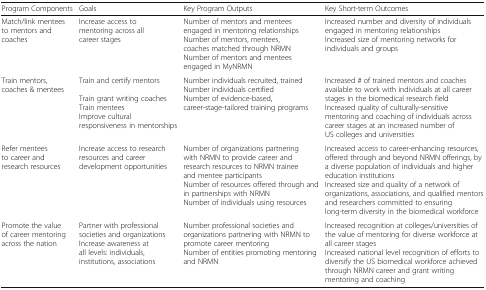
| Program Components | Goals | Key Program Outputs | Key Short-term Outcomes |
 | --- | --- | --- | --- |
 | Match/link mentees to mentors and coaches | Increase access to mentoring across all career stages | Number of mentors and mentees engaged in mentoring relationshipsNumber of mentors, mentees, coaches matched through NRMNNumber of mentors and mentees engaged in MyNRMN | Increased number and diversity of individuals engaged in mentoring relationshipsIncreased size of mentoring networks for individuals and groups |
 | Train mentors, coaches & mentees | Train and certify mentorsTrain grant writing coachesTrain menteesImprove cultural responsiveness in mentorships | Number individuals recruited, trainedNumber individuals certifiedNumber of evidence-based, career-stage-tailored training programs | Increased # of trained mentors and coaches available to work with individuals at all career stages in the biomedical research fieldIncreased quality of culturally-sensitive mentoring and coaching of individuals across career stages at an increased number of US colleges and universities |
 | Refer mentees to career and research resources | Increase access to research resources and career development opportunities | Number of organizations partnering with NRMN to provide career and research resources to NRMN trainee and mentee participantsNumber of resources offered through and in partnerships with NRMNNumber of individuals using resources | Increased access to career-enhancing resources, offered through and beyond NRMN offerings, by a diverse population of individuals and higher education institutionsIncreased size and quality of a network of organizations, associations, and qualified mentors and researchers committed to ensuring long-term diversity in the biomedical workforce |
 | Promote the value of career mentoring across the nation | Partner with professional societies and organizationsIncrease awareness at all levels: individuals, institutions, associations | Number professional societies and organizations partnering with NRMN to promote career mentoringNumber of entities promoting mentoring and NRMN | Increased recognition at colleges/universities of the value of mentoring for diverse workforce at all career stagesIncreased national level recognition of efforts to diversify the US biomedical workforce achieved through NRMN career and grant writing mentoring and coaching |